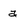
Character: a